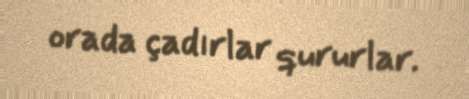
orada çadırlar qururlar.